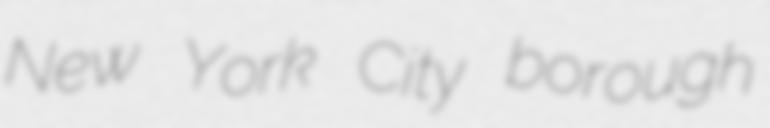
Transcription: New York City borough